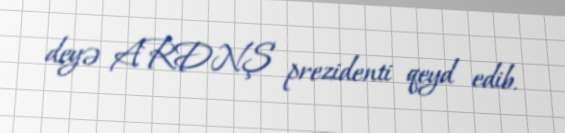
deyə ARDNŞ prezidenti qeyd edib.